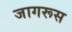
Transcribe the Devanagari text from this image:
जागरूस